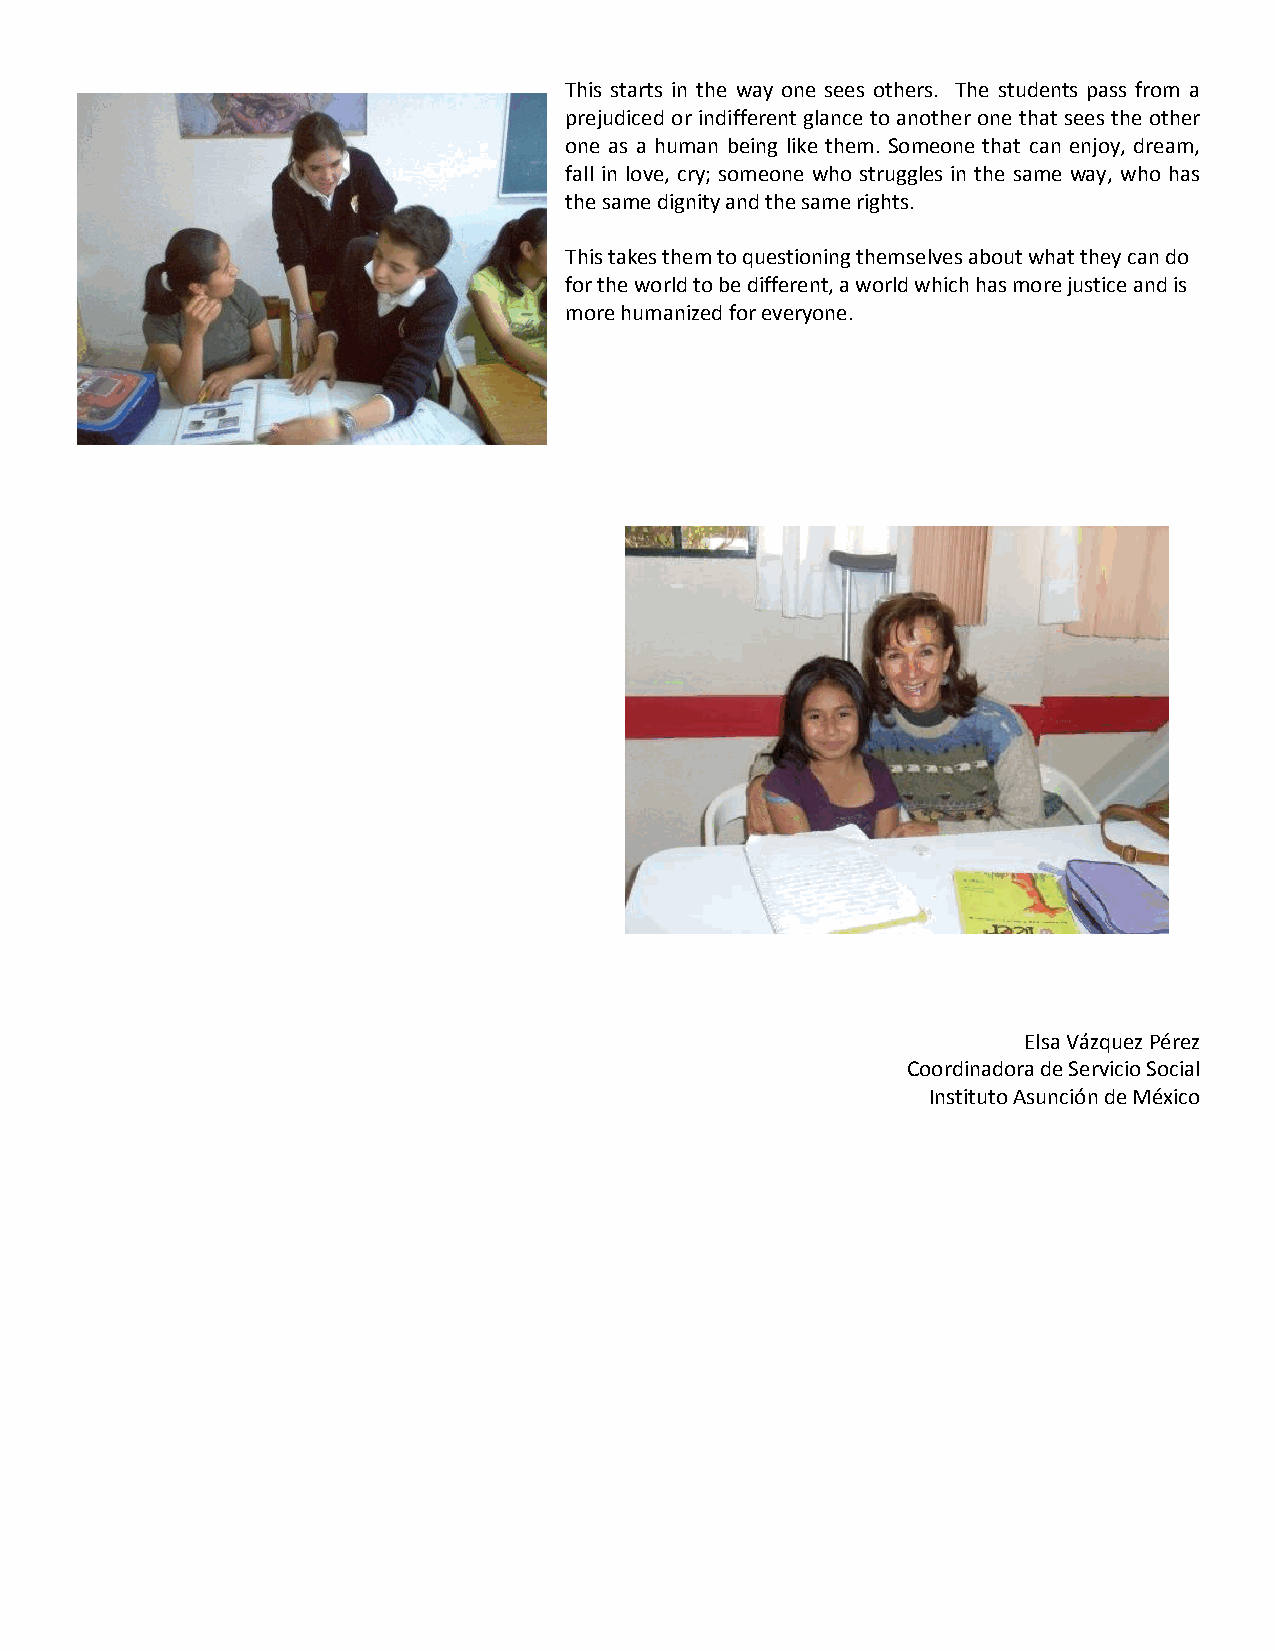
This starts in the way one sees others. The students pass from a
 prejudiced or indifferent glance to another one that sees the other
 one as a human being like them. Someone that can enjoy, dream,
 fall in love, cry; someone who struggles in the same way, who has
 the same dignity and the same rights.
 This takes them to questioning themselves about what they can do
 for the world to be different, a world which has more justice and is
 more humanized for everyone.
 Elsa Vázquez Pérez
 Coordinadora de Servicio Social
 Instituto Asunción de México